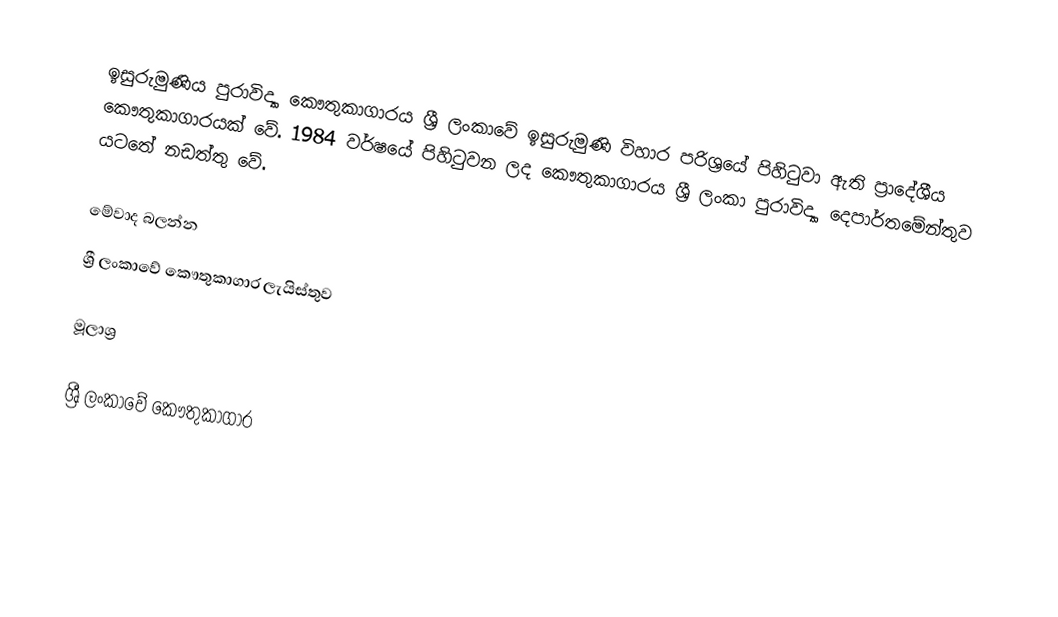
ඉසුරුමුණිය පුරාවිද්‍යා කෞතුකාගාරය ශ්‍රී ලංකාවේ ඉසුරුමුණි විහාර පරිශ්‍රයේ පිහිටුවා ඇති ප්‍රාදේශීය කෞතුකාගාරයක් වේ. 1984 වර්ෂයේ පිහිටුවන ලද කෞතුකාගාරය ශ්‍රී ලංකා පුරාවිද්‍යා දෙපාර්තමේන්තුව යටතේ නඩත්තු වේ.

මේවාද බලන්න
ශ්‍රී ලංකාවේ කෞතුකාගාර ලැයිස්තුව

මූලාශ්‍ර

ශ්‍රී ලංකාවේ කෞතුකාගාර